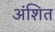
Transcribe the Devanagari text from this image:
अंशित